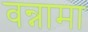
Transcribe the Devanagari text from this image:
वन्नामा